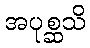
အပုစ္ဆသိ